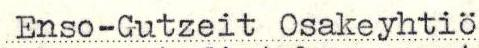
Enso-Gutzeit Osakeyhtiö